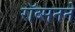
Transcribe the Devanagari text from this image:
रॉब्सनने